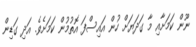
ނޫން ކަމަށާއި މާ ގަދަޔަށް ހުން އައިސްފަ އޮތުމުން ކަމަށެވެ. އަދި ގަޑިން